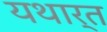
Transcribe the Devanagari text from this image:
यथार्त